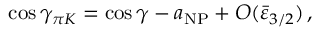
\cos \gamma _ { \pi K } = \cos \gamma - a _ { \mathrm { N P } } + O ( \bar { \varepsilon } _ { 3 / 2 } ) \, ,